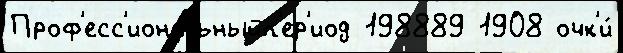
Проф'есс'иональныйп'ер'иод 198889 1908 очк'и́